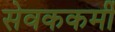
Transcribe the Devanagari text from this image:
सेवककर्मी